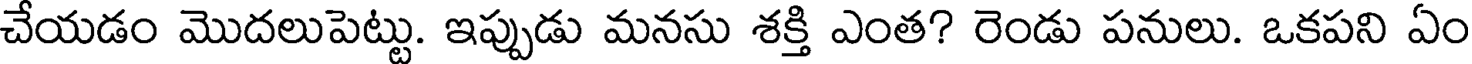
చేయడం మొదలుపెట్టు. ఇప్పుడు మనసు శక్తి ఎంత? రెండు పనులు. ఒకపని ఏం